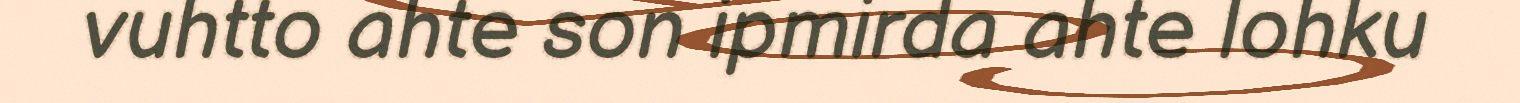
vuhtto ahte son ipmirda ahte lohku